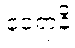
ဝေရာနိ